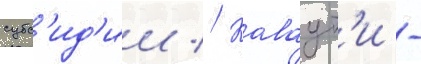
субс'ид'ии // Каваут'и -